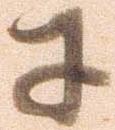
于